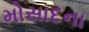
મોસાદના